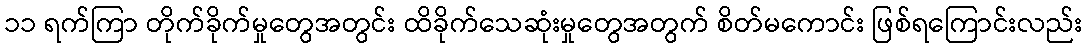
၁၁ ရက်ကြာ တိုက်ခိုက်မှုတွေအတွင်း ထိခိုက်သေဆုံးမှုတွေအတွက် စိတ်မကောင်း ဖြစ်ရကြောင်းလည်း